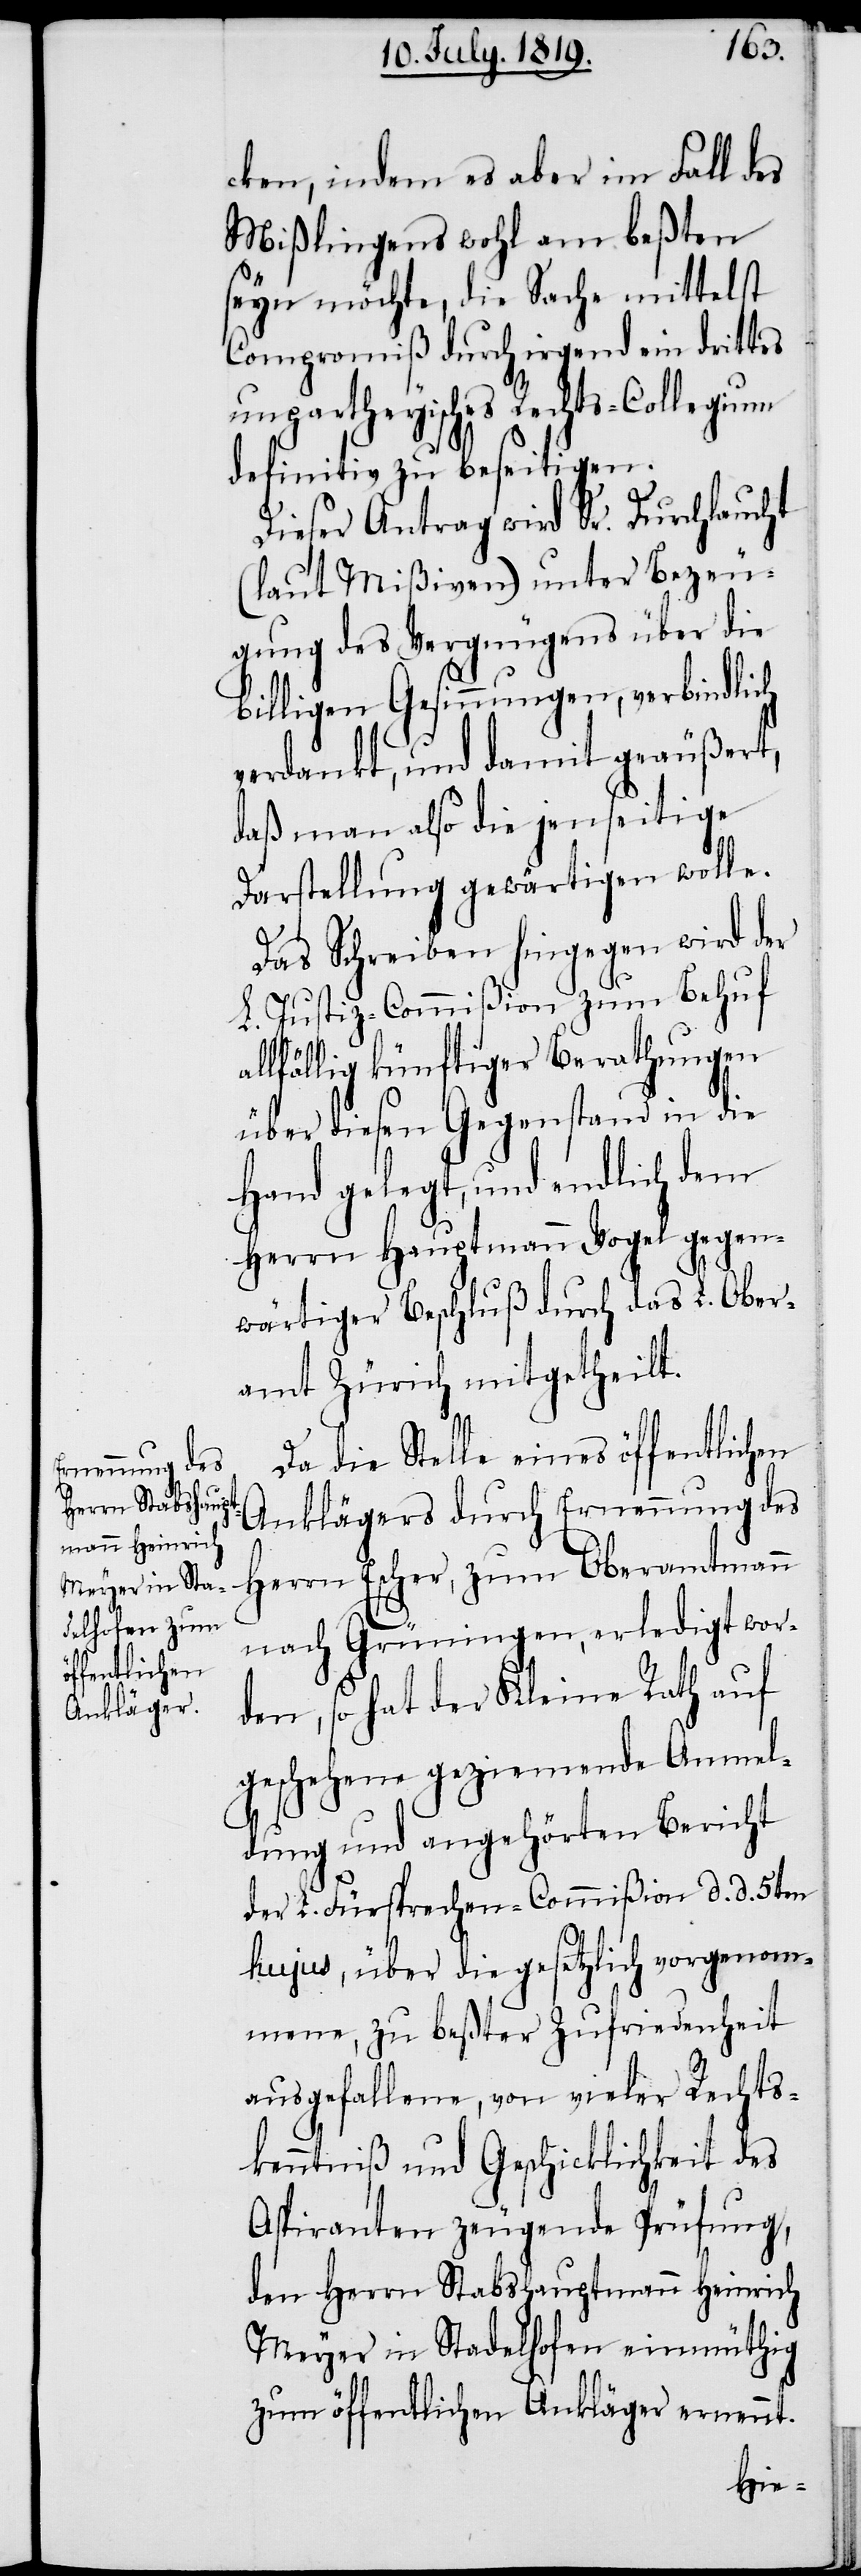
cken, indem es aber im Fall des
Mißlingens wohl am beßten
seyn möchte, die Sache mittelst
Compromiß durch irgend ein drittes
unpartheyisches Rechts-Collegium
definitiv zu beseitigen.
Dieser Antrag wird Se. Durchlaucht
(laut Mißiven) unter Bezeu¬
gung des Vergnügens über die
billigen Gesinnungen, verbindlich
verdankt, und damit geäußert,
daß man also die jenseitige
Darstellung gewärtigen wolle.
Das Schreiben hingegen wird der
L. Justiz-Commißion zum Behuf
llfällig künftiger Berathungen
über diesen Gegenstand in die
Hand gelegt, und endlich dem
Herrn Hauptmann Vogel gegen¬
wärtiger Beschluß durch das L. Ober¬
amt Zürich mitgetheilt.
Da die Stelle eines öffentlichen
Anklägers durch Ernennung des
Herrn Escher, zum Oberamtmann
nach Grüningen, erledigt wor¬
den, so hat der Kleine Rath auf
geschehene geziemende Anmel¬
dung und angehörten Bericht
der L. Fürsprechen-Commißion d. d. 5ten
hujus, über die gesetzlich vorgenom¬
mene, zu beßter Zufriedenheit
ausgefallene, von vieler Rechts¬
kenntniß und Geschicklichkeit des
Aspiranten zeugende Prüfung,
den Herrn Stabshauptmann Heinrich
Meyer in Stadelhofen einmüthig
zum öffentlichen Ankläger ernennt.
a¬